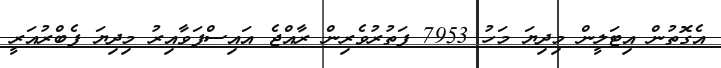
އެގޮތުން އިޓަލީން މިދިޔަ މަހު 7953 ފަތުރުވެރިން ރާއްޖެ އައިސްފަވާއިރު މިދިޔަ ފެބްރުއަރީ